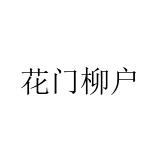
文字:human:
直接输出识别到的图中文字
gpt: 花门柳户